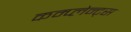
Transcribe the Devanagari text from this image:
कम्प्लेन्ट्स